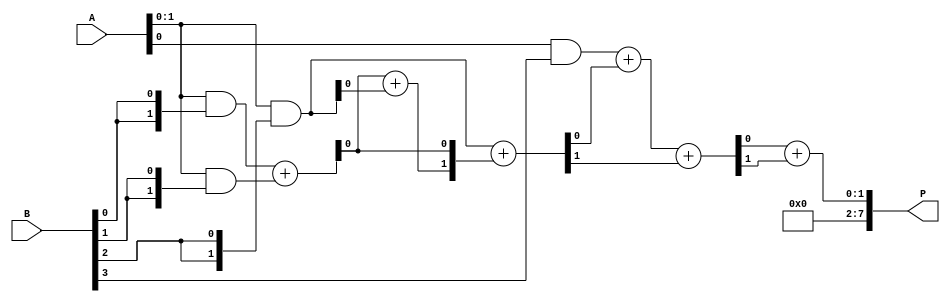
module wallace_tree_multiplier #(parameter N = 4) (
    input [N-1:0] A,
    input [N-1:0] B,
    output reg [2*N-1:0] P
);

    // Partial products
    wire [N-1:0] pp [N-1:0]; // Partial products array

    // Generate partial products
    genvar i, j;
    generate
        for (i = 0; i < N; i = i + 1) begin : gen_partial_products
            assign pp[i] = A & {N{B[i]}};
        end
    endgenerate

    // Wallace tree reduction
    wire [N-1:0] sum [N-1:0];
    wire [N-1:0] carry [N-1:0];

    // Stage 1: Combine partial products using half adders and full adders
    generate
        for (i = 0; i < N-1; i = i + 1) begin : stage1
            if (i == 0) begin
                assign {carry[i][0], sum[i][0]} = pp[0] + pp[1];
            end else begin
                assign {carry[i][0], sum[i][0]} = pp[i + 1] + sum[i - 1];
            end
        end
    endgenerate

    // Stage 2: Continue combining sums and carries
    generate
        for (i = 0; i < N-1; i = i + 1) begin : stage2
            if (i == 0) begin
                assign {carry[i][1], sum[i][1]} = sum[i][0] + pp[2];
            end else begin
                assign {carry[i][1], sum[i][1]} = sum[i][0] + carry[i - 1][0];
            end
        end
    endgenerate

    // Final addition
    always @(*) begin
        P = sum[N-2][1] + carry[N-2][1]; // Final sum of the last stage
    end

endmodule